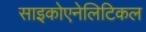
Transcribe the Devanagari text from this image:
साइकोएनेलिटिकल